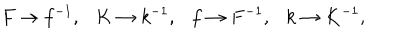
F \to f ^ { - 1 } , \ \ \ K \to k ^ { - 1 } , \ \ \ f \to F ^ { - 1 } , \ \ \ k \to K ^ { - 1 } ,